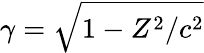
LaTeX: \gamma=\sqrt{1-Z^{2}/c^{2}}